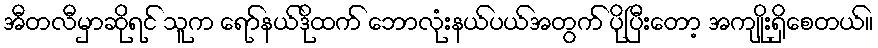
အီတလီမှာဆိုရင် သူက ရော်နယ်ဒိုထက် ဘောလုံးနယ်ပယ်အတွက် ပိုပြီးတော့ အကျိုးရှိစေတယ်။